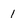
Character: 1